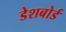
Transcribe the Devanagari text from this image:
डेशबोर्ड